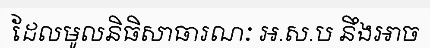
ដែលមូលនិធិសាធារណៈ អ.ស.ប នឹងអាច